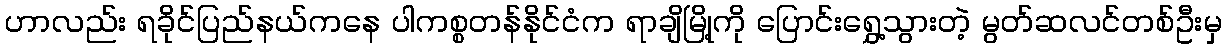
ဟာလည်း ရခိုင်ပြည်နယ်ကနေ ပါကစ္စတန်နိုင်ငံက ရာချိမြို့ကို ပြောင်းရွှေ့သွားတဲ့ မွတ်ဆလင်တစ်ဦးမှ